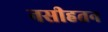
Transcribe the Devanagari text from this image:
नसीहतन